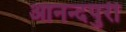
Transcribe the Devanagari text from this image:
आनन्दपुरी